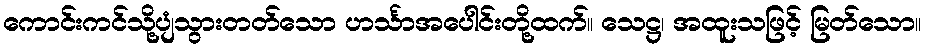
ကောင်းကင်သို့ပျံသွားတတ်သော ဟင်္သာအပေါင်းတို့ထက်။ သေဋ္ဌ၊ အထူးသဖြင့် မြတ်သော။